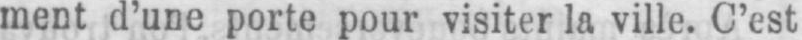
ment d’une porte pour visiter la ville. C’est